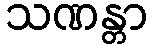
သဏန္တာ